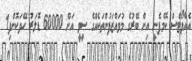
އެއާޕޯޓްސް ކޮމްޕެނީ އިން ބޭރުގެ މުވައްޒަފުންތަކެއްގެ ސީވީ އަށް 60000 ޑޮލަރު ހޭދަކޮށްފި1